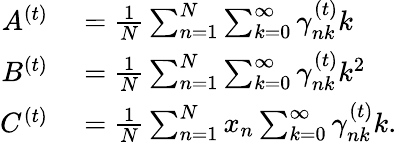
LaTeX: \begin{array}{rl}{A^{(t)}}&{{}=\frac{1}{N}\sum_{n=1}^{N}\sum_{k=0}^{\infty}\gamma_{nk}^{(t)}k}\\ {B^{(t)}}&{{}=\frac{1}{N}\sum_{n=1}^{N}\sum_{k=0}^{\infty}\gamma_{nk}^{(t)}k^{2}}\\ {C^{(t)}}&{{}=\frac{1}{N}\sum_{n=1}^{N}x_{n}\sum_{k=0}^{\infty}\gamma_{nk}^{(t)}k.}\end{array}